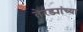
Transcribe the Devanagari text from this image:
तेरड्यांच्या